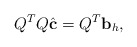
\begin{align*}Q^{T}Q\hat{\mathbf c}=Q^{T}\mathbf b_{h},\end{align*}